Indian journal of veterinary science and animal husbandry - Volume 5,
Year: 1935
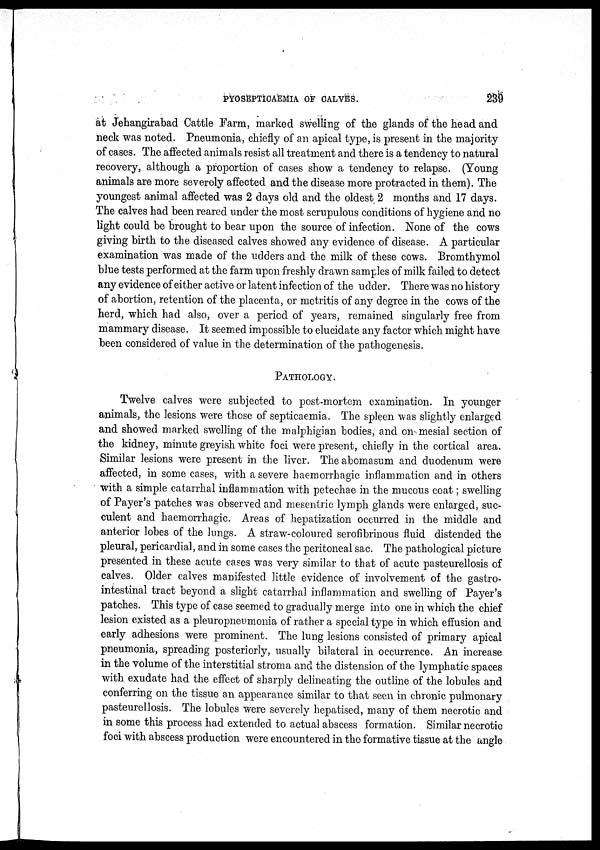
PYOSEPTICAEMIA
OF
CALVES.
239
at Jehangirabad Cattle Farm, marked swelling of the glands of the head and
neck was noted. Pneumonia, chiefly of an apical type, is present in the majority
of cases. The affected animals resist all treatment and there is a tendency to natural
recovery, although a proportion of cases show a tendency to relapse. (Young
animals are more severely affected and the disease more protracted in them). The
youngest animal affected was 2 days old and the oldest 2 months and 17 days.
The calves had been reared under the most scrupulous conditions of hygiene and no
light could be brought to bear upon the source of infection. None of the cows
giving birth to the diseased calves showed any evidence of disease. A particular
examination was made of the udders and the milk of these cows. Bromthymol
blue tests performed at the farm upon freshly drawn samples of milk failed to detect
any evidence of either active or latent infection of the udder. There was no history
of abortion, retention of the placenta, or metritis of any degree in the cows of the
herd, which had also, over a period of years, remained singularly free from
mammary disease. It seemed impossible to elucidate any factor which might have
been considered of value in the determination of the pathogenesis.
PATHOLOGY.
Twelve calves were subjected to post-mortem examination. In younger
animals, the lesions were those of septicaemia. The spleen was slightly enlarged
and showed marked swelling of the malphigian bodies, and on mesial section of
the kidney, minute greyish white foci were present, chiefly in the cortical area.
Similar lesions were present in the liver. Theabomasum and duodenum were
affected, in some cases, with a severe haemorrhagic inflammation and in others
with a simple catarrhal inflammation with petechae in the mucous coat; swelling
of Payer's patches was observed and mesentric lymph glands were enlarged, suc-
culent and haemorrhagic. Areas of hepatization occurred in the middle and
anterior lobes of the lungs. A straw-coloured serofibrinous fluid distended the
pleural, pericardial, and in some cases the peritoneal sac. The pathological picture
presented in these acute cases was very similar to that of acute pasteurellosis of
calves. Older calves manifested little evidence of involvement of the gastro-
intestinal tract beyond a slight catarrhal inflammation and swelling of Payer's
patches. This type of case seemed to gradually merge into one in which the chief
lesion existed as a pleuropneumonia of rather a special type in which effusion and
early adhesions were prominent. The lung lesions consisted of primary apical
pneumonia, spreading posteriorly, usually bilateral in occurrence. An increase
in the volume of the interstitial stroma and the distension of the lymphatic spaces
with exudate had the effect of sharply delineating the outline of the lobules and
conferring on the tissue an appearance similar to that seen in chronic pulmonary
pasteurellosis. The lobules were severely hepatised, many of them necrotic and
in some this process had extended to actual abscess formation. Similar necrotic
foci with abscess production were encountered in the formative tissue at the angle